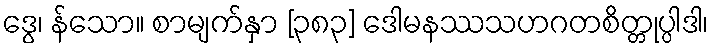
ဒွေ၊ န်သော။ စာမျက်နှာ [၃၈၃] ဒေါမနဿသဟဂတစိတ္တုပ္ပါဒါ၊